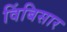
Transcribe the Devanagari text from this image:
विंबिसार